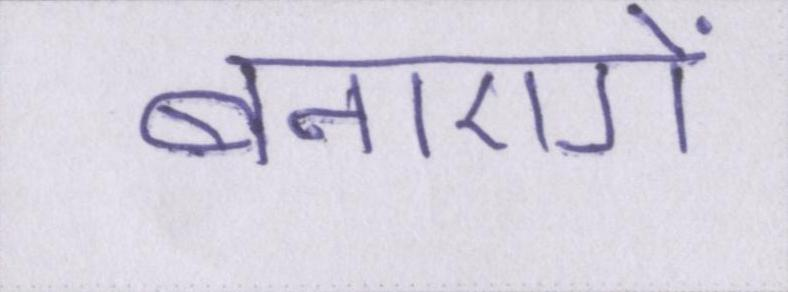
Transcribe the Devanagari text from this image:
बनाएगें